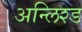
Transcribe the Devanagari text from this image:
अन्लिश्ड